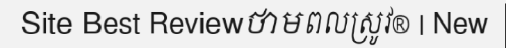
Site Best Reviewថាមពលស្រូវ® | New